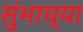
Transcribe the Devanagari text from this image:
सुंभाच्या